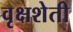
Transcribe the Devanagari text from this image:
वृक्षशेती